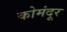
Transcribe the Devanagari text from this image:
कोमंदूर